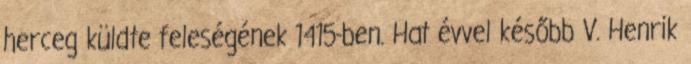
herceg küldte feleségének 1415-ben. Hat évvel később V. Henrik